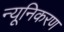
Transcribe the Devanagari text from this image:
न्यूनिकरण